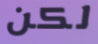
لكن